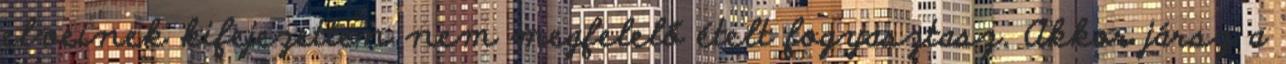
elveinek kifejezetten nem megfelelő ételt fogyasztasz. Akkor jársz a